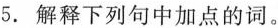
5. 解释下列句中加点的词。